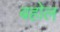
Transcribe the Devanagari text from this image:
बहोल